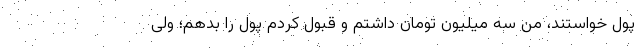
پول خواستند، من سه میلیون تومان داشتم و قبول کردم پول را بدهم؛ ولی